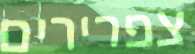
צפרירים